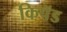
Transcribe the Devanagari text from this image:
किपॅड